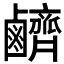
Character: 𪊆